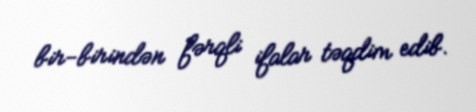
bir-birindən fərqli ifalar təqdim edib.